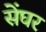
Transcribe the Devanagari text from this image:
सेंघर